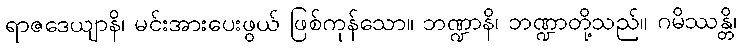
ရာဇဒေယျာနိ၊ မင်းအားပေးဖွယ် ဖြစ်ကုန်သော။ ဘဏ္ဍာနိ၊ ဘဏ္ဍာတို့သည်။ ဂမိဿန္တိ၊